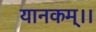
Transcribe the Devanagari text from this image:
यानकम्।।